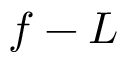
f - L